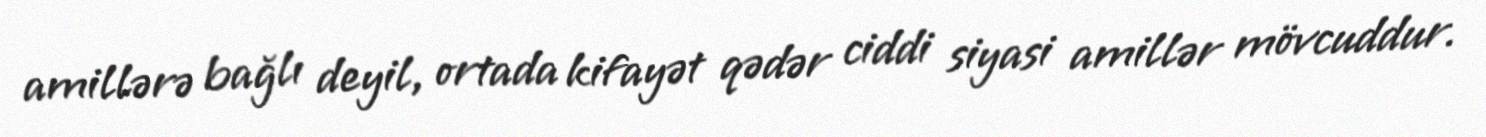
amillərə bağlı deyil, ortada kifayət qədər ciddi siyasi amillər mövcuddur.